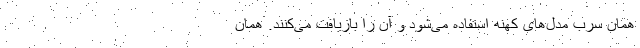
همان سرب مدل‌های کهنه استفاده می‌شود و آن را بازیافت می‌کنند. همان